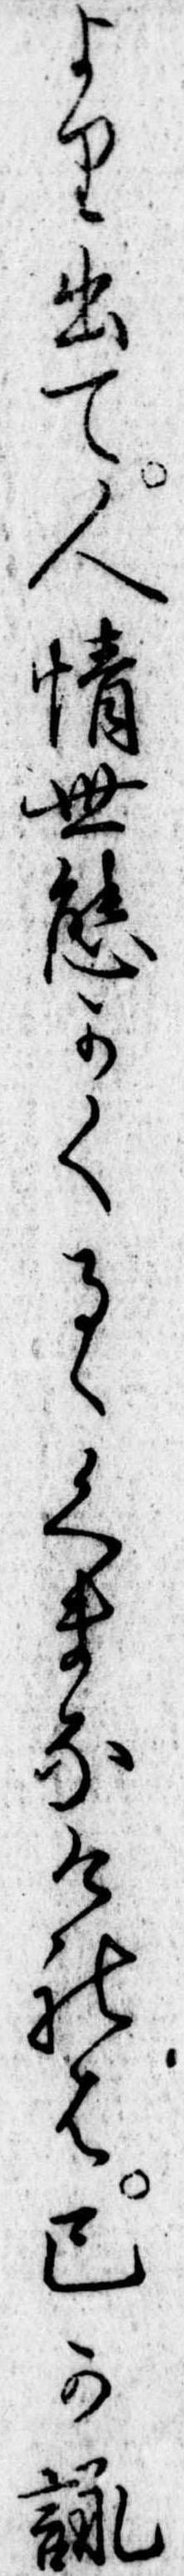
より出て人情世態かくるゝくまなけれは己か詠